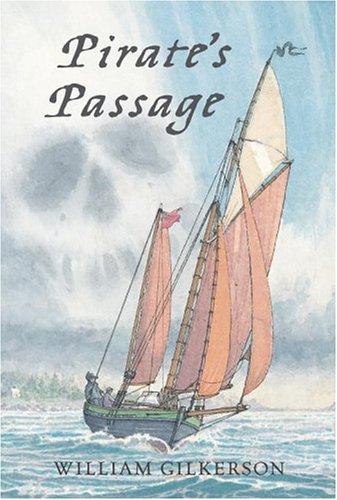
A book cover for Pirate's Passage; William Gilkerson; Teen & Young Adult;